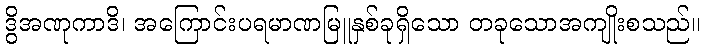
ဒွိအဏုကာဒိ၊ အကြောင်းပရမာဏမြူနှစ်ခုရှိသော တခုသောအကျိုးစသည်။